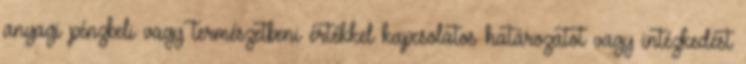
anyagi pénzbeli vagy természetbeni értékkel kapcsolatos határozatot vagy intézkedést